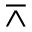
\barwedge